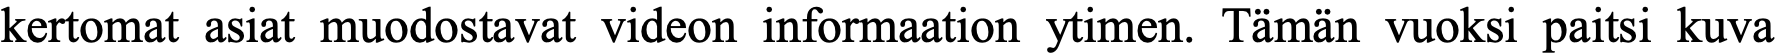
kertomat asiat muodostavat videon informaation ytimen. Tämän vuoksi paitsi kuva